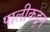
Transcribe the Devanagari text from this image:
पालीकडून